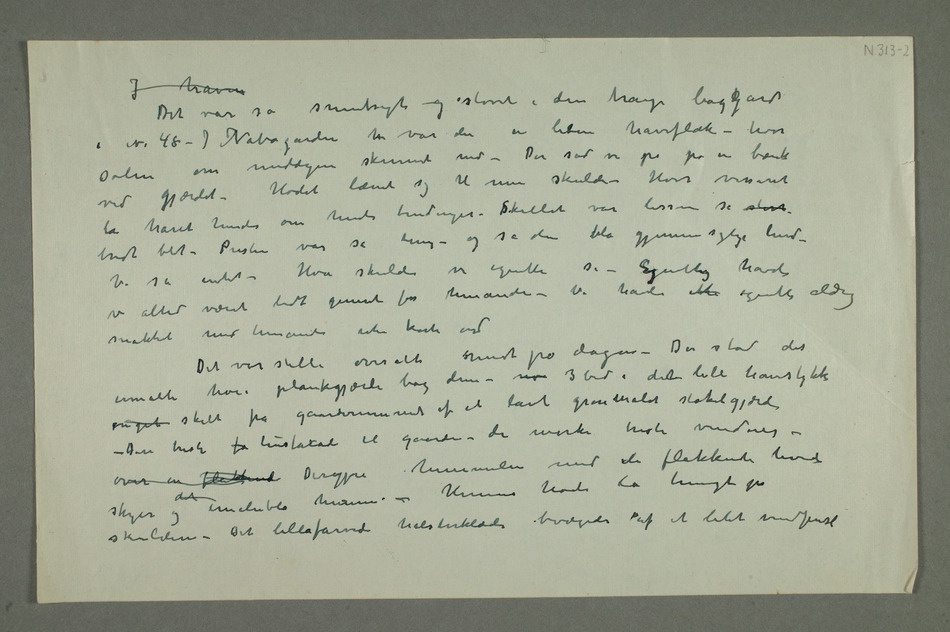
I haven
Det var så smutsigt og støvet i den trange bagkgård
i N. 48 – I Nabogården h var der en liden haveflæk – hvor
solen om middagen skinnede ned – Der sad vi på på en bænk
ved gjærdet – Hodet lænet sig til min skulder – Hvor vissent lå
hendes tindinger. sSkillet var lissom så stort
bredt blit – Pusten var så tung – og så den blå gjennemsigtige hud –
Vi sa intet – Hva skulde vi egentli si – Egentlig havde
vi altid været lidt generet for hinanden – Vi havde ikke egentlig aldrig
snakket med hinanden uten korte ord
Det var stille overalt midt på dagen – Der stod det
umalte høie plankegjærde bag dem – no 3 bed i dent lille havestykke
noget skilt fra gaardsrummet af et lavt grønmalet stakitgjærde
– Den triste fa husfasade til gaarden – de mørke triste vinduer –
over en flakkende Deroppe himmelen med de flakkende hvide
– Hennes hode lå tungt på
skulderen – Det lillafarvede halstørklæde bevægedes af et litet vindpust